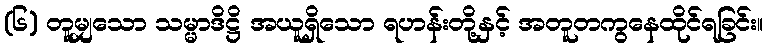
(၆) တူမျှသော သမ္မာဒိဋ္ဌိ အယူရှိသော ရဟန်းတို့နှင့် အတူတကွနေထိုင်ရခြင်း။